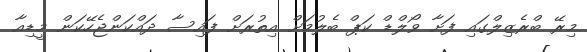
މިރޭ ބްރެޒިލްގައި ފަށާ ވޯލްޑް ކަޕް ބެލުމަށް އިތުރަށް ފައިސާ ދައްކަންޖެހޭކަން މީޑިއާ